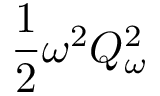
\frac { 1 } { 2 } \omega ^ { 2 } Q _ { \omega } ^ { 2 }